Scottish Leaving Certificate Examination, 1956
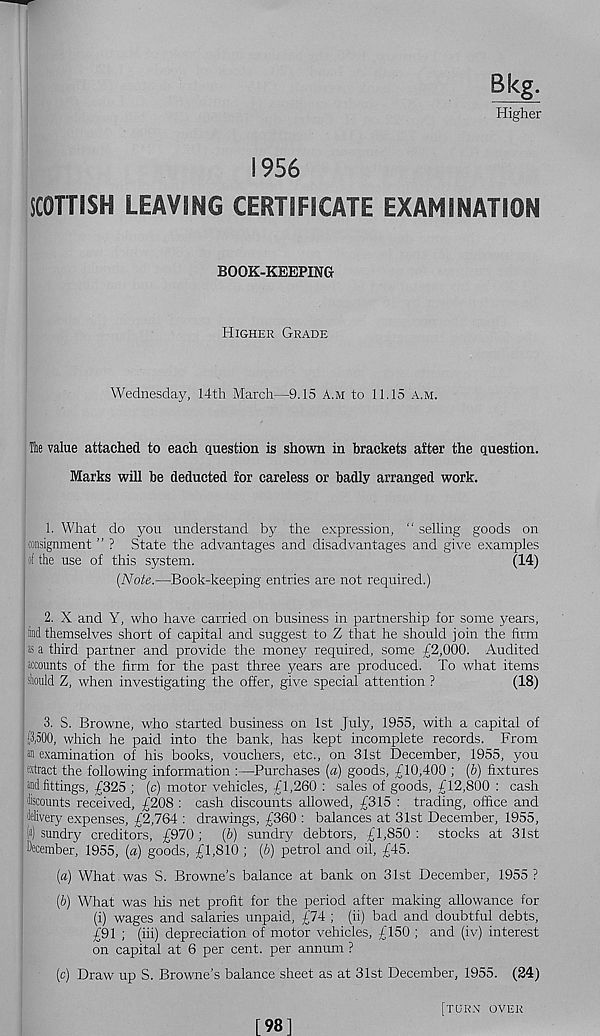
Bkg.
Higher
1956
SCOTTISH LEAVING CERTIFICATE EXAMINATION
BOOK-KEEPING
Higher Grade
Wednesday, 14th March—9.15 A.m to 11.15 a.m.
The value attached to each question is shown in brackets after the question.
Marks will be deducted for careless or badly arranged work.
1. What do you understand by the expression, “ selling goods on
consignment ” ? State the advantages and disadvantages and give examples
of the use of this system.
(14)
[Note.—Book-keeping entries are not required.)
2. X and Y, who have carried on business in partnership for some years,
find themselves short of capital and suggest to Z that he should join the firm
as a third partner and provide the money required, some £2,000. Audited
accounts of the firm for the past three years are produced. To what items
should Z, when investigating the offer, give special attention ?
(18)
3. S. Browne, who started business on 1st July, 1955, with a capital of
: 13,500, which he paid into the bank, has kept incomplete records. From
| an examination of his books, vouchers, etc., on 31st December, 1955, you
extract the following information :—Purchases [a) goods, £10,400 ; (b) fixtures
and fittings, £325 ; (c) motor vehicles, £1,260 : sales of goods, £12,800 : cash
discounts received, £208 : cash discounts allowed, £315 : trading, office and
delivery expenses, £2,764 : drawings, £360 : balances at 31st December, 1955,
W sundry creditors, £970 ; (6) sundrjr debtors, £1,850 : stocks at 31st
December, 1955, (a) goods, £1,810 ; (b) petrol and oil, £45.
(«) What was S. Browne’s balance at bank on 31st December, 1955 ?
[b) What was his net profit for the period after making allowance for
(i) wages and salaries unpaid, £74 ; (ii) bad and doubtful debts,
£91 ; (hi) depreciation of motor vehicles, £150 ; and (iv) interest
on capital at 6 per cent, per annum ?
(c) Draw up S. Browne’s balance sheet as at 31st December, 1955. (24)
[98]
[turn over